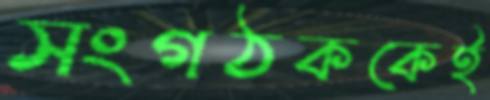
সংগঠককেই